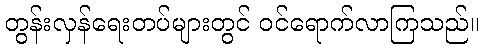
တွန်းလှန်ရေးတပ်များတွင် ဝင်ရောက်လာကြသည်။